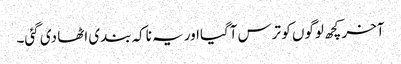
آخر کچھ لوگوں کو ترس آگیااور یہ ناکہ بندی اٹھا دی گئی۔